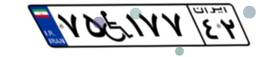
۷۵W۱۷۷۴۲